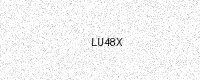
Text: LU48X